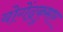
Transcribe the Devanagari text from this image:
योगेंद्रकुमार